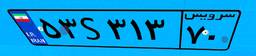
۲۵S۵۹۴۶۷